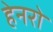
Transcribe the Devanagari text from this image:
हेनरो